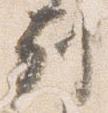
列